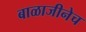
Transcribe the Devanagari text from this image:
बाळाजीनेच